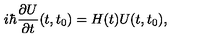
i \hbar \frac { \partial U } { \partial t } ( t , t _ { 0 } ) = H ( t ) U ( t , t _ { 0 } ) ,